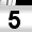
Digit: 5